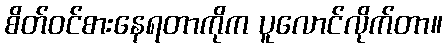
စိတ်ဝင်စားနေရတာကိုက ပူလောင်လိုက်တာ။